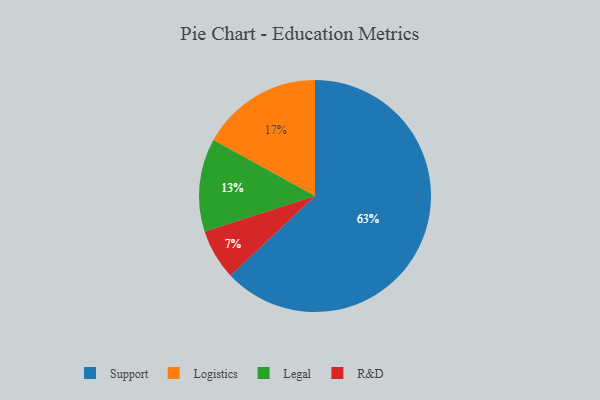
{"axis": {"x": "Category", "y": "Percentage"}, "legend": ["Legal", "Logistics", "R&D", "Support"], "data": [{"x": "Support", "y": 63, "type": "Support"}, {"x": "Legal", "y": 13, "type": "Legal"}, {"x": "R&D", "y": 7, "type": "R&D"}, {"x": "Logistics", "y": 17, "type": "Logistics"}]}